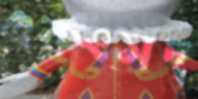
একংসদ্